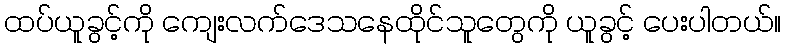
ထပ်ယူခွင့်ကို ကျေးလက်ဒေသနေထိုင်သူတွေကို ယူခွင့် ပေးပါတယ်။